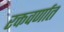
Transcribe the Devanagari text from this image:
रक्तवर्णात